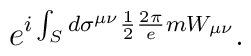
e^{i \int_S d\sigma^{\mu\nu} \frac{1}{2} \frac{2\pi}{e} m W_{\mu\nu}} .